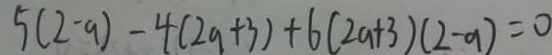
5 ( 2 - a ) - 4 ( 2 a + 3 ) + 6 ( 2 a + 3 ) ( 2 - a ) = 0